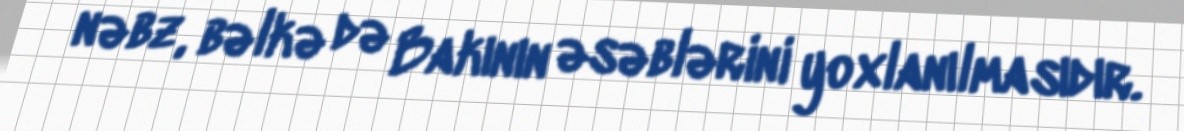
nəbz, bəlkə də Bakının əsəblərini yoxlanılmasıdır.